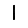
Digit: 1